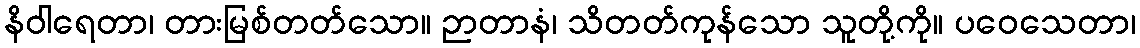
နိဝါရေတာ၊ တားမြစ်တတ်သော။ ဉာတာနံ၊ သိတတ်ကုန်သော သူတို့ကို။ ပဝေသေတာ၊